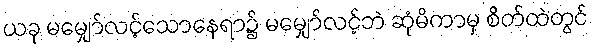
ယခု မမျှော်လင့်သောနေရာ၌ မမျှော်လင့်ဘဲ ဆုံမိကာမှ စိတ်ထဲတွင်